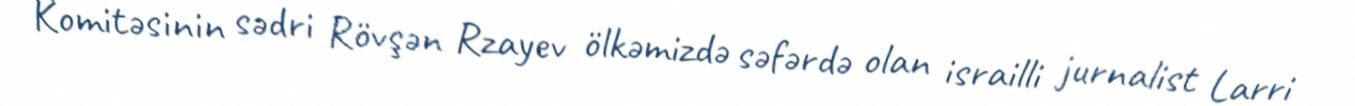
Komitəsinin sədri Rövşən Rzayev ölkəmizdə səfərdə olan israilli jurnalist Larri